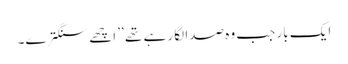
ایک بار جب وہ صدا لگا رہے تھے ’’ اچھے سنگترے۔